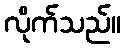
လိုက်သည်။